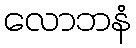
လောဘနံ